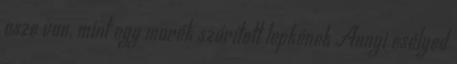
esze van, mint egy marék szárított lepkének Annyi esélyed